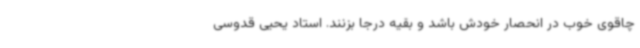
چاقوی خوب در انحصار خودش باشد و بقیه درجا بزنند. استاد یحیی قدوسی